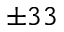
\pm 3 3